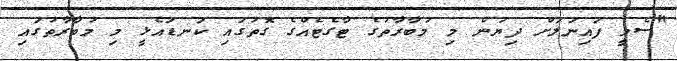
"ސެމީ ފައިނަލަށް ދިޔުން މި މުބާރާތުގެ ޓާގެޓެއްގެ ގޮތުގައި ކަނޑައެޅީ މި މުބާރާތުގައި